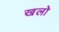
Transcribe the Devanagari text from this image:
खलो